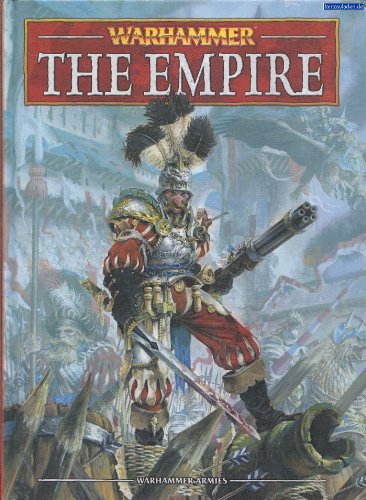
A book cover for Warhammer: The Empire; Science Fiction & Fantasy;